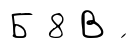
Б 8 В ́